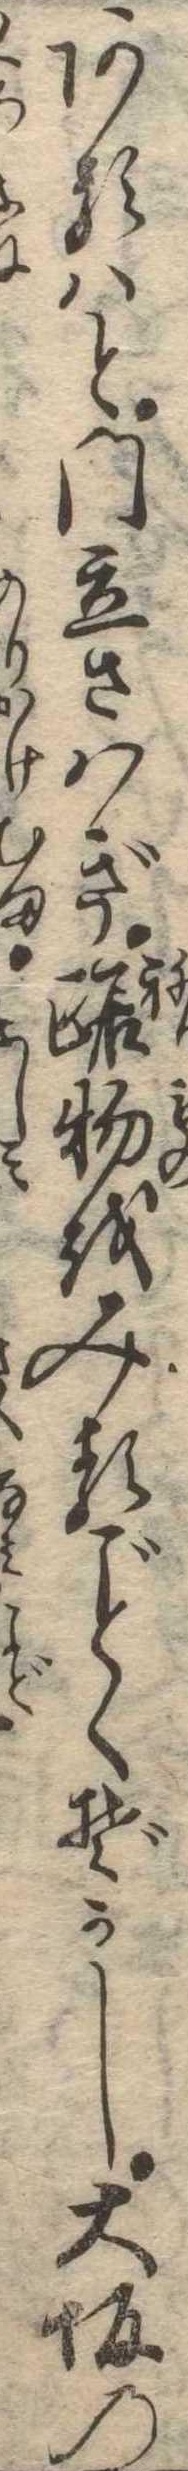
あるはと門立さはぎ踞物をみるくぞかし大坂の